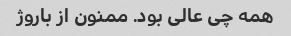
همه چی عالی بود. ممنون از باروژ